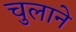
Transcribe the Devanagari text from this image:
चुलाने